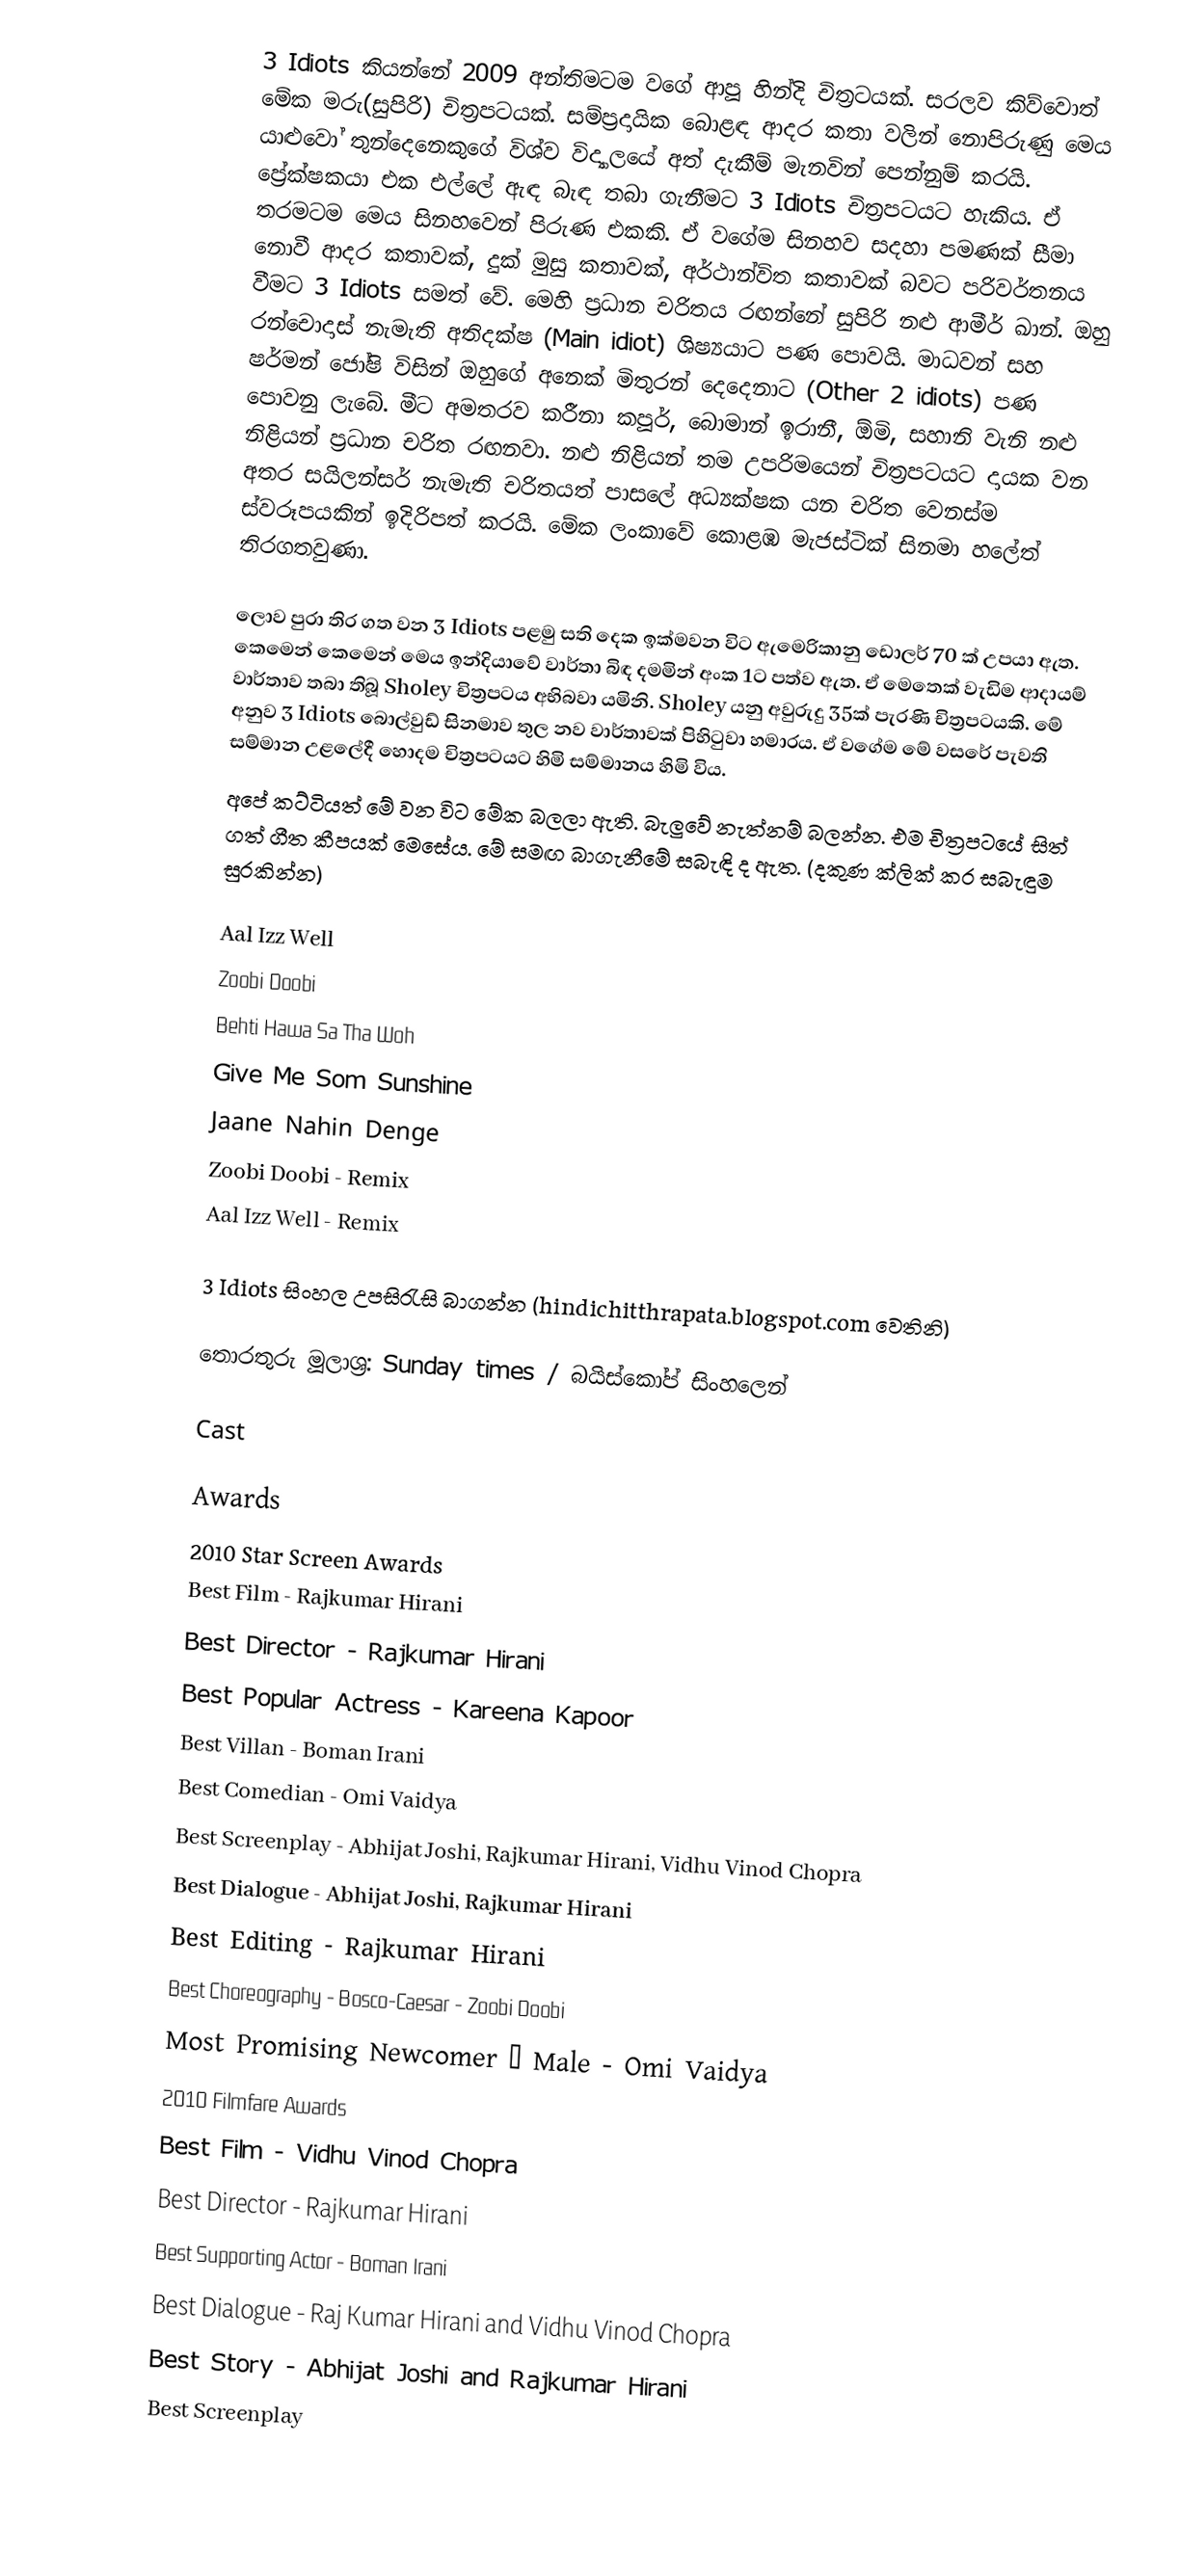
3 Idiots කියන්නේ 2009 අන්තිමටම වගේ ආපූ හින්දි චිත්‍රටයක්. සරලව කිව්වොත් මේක මරු(සුපිරි) චිත්‍රපටයක්. සම්ප්‍රදායික බොළඳ ආදර කතා වලින් නොපිරුණු මෙය යාළුවෝ තුන්දෙනෙකුගේ විශ්ව විද්‍යාලයේ අත් දැකීම් මැනවින් පෙන්නුම් කරයි. ප්‍රේක්ෂකයා එක එල්ලේ  ඇඳ බැඳ තබා ගැනීමට 3 Idiots චිත්‍රපටයට හැකිය. ඒ තරමටම මෙය සිනහවෙන් පිරුණ එකකි. ඒ වගේම සිනහව සදහා පමණක් සීමා නොවී  ආදර කතාවක්, දුක් මුසු කතාවක්, අර්ථාන්විත කතාවක් බවට පරිවර්තනය වීමට 3 Idiots සමත් වේ.  මෙහි ප්‍රධාන චරිතය රඟන්නේ සුපිරි නළු ආමීර් ඛාන්. ඔහු රන්චොදාස් නැමැති අතිදක්ෂ (Main idiot) ශිෂ්‍යයාට පණ පොවයි. මාධවන් සහ ෂර්මන් ජෝෂි විසින් ඔහුගේ අනෙක් මිතුරන් දෙදෙනාට (Other 2 idiots) පණ පොවනු ලැබේ. මීට අමතරව  කරීනා කපූර්, බොමාන් ඉරානී, ඕමි, සහානි වැනි නළු නිළියන් ප්‍රධාන චරිත රඟනවා. නළු නිළියන් තම උපරිමයෙන් චිත්‍රපටයට දායක වන අතර සයිලන්සර් නැමැති චරිතයත් පාසලේ අධ්‍යක්ෂක යන චරිත වෙනස්ම ස්වරූපයකින් ඉදිරිපත් කරයි. මේක ලංකාවේ කොළඹ මැජස්ටික් සිනමා හලේත් තිරගතවුණා.

ලොව පුරා තිර ගත වන 3 Idiots පළමු සති දෙක ඉක්මවන විට ඇමෙරිකානු ඩොලර් 70 ක් උපයා ඇත. කෙමෙන් කෙමෙන් මෙය ඉන්දියාවේ වාර්තා බිඳ දමමින් අංක 1ට පත්ව ඇත. ඒ මෙතෙක් වැඩිම ආදායම් වාර්තාව තබා තිබූ Sholey චිත්‍රපටය අභිබවා යමිනි. Sholey යනු අවුරුදු 35ක් පැරණි චිත්‍රපටයකි. ‍මේ අනුව 3 Idiots බොල්වුඩ් සිනමාව තුල නව වාර්තාවක් පිහිටුවා හමාරය. ඒ වගේම මේ වසරේ පැවති සම්මාන උළලේදී හොදම චිත්‍රපටයට හිමි සම්මානය හිමි විය.
අපේ කට්ටියත් මේ වන විට මේක බලලා ඇති. බැලුවේ නැත්නම් බලන්න. එම චිත්‍රපටයේ සිත් ගත් ගීත කීපයක් මෙසේය. මේ සමඟ බාගැනීමේ සබැඳි ද ඇත. (දකුණ ක්ලික් කර සබැඳුම සුරකින්න)

 Aal Izz Well
 Zoobi Doobi
 Behti Hawa Sa Tha Woh
 Give Me Som Sunshine
 Jaane Nahin Denge
 Zoobi Doobi - Remix
 Aal Izz Well - Remix

3 Idiots සිංහල උපසිරැසි බාගන්න (hindichitthrapata.blogspot.com වෙතිනි)

තොරතුරු මූලාශ්‍ර: Sunday times / බයිස්කෝප් සිංහලෙන්

Cast

Awards
2010 Star Screen Awards
Best Film - Rajkumar Hirani
Best Director - Rajkumar Hirani
Best Popular Actress - Kareena Kapoor
Best Villan - Boman Irani
Best Comedian - Omi Vaidya
Best Screenplay - Abhijat Joshi, Rajkumar Hirani, Vidhu Vinod Chopra
Best Dialogue - Abhijat Joshi, Rajkumar Hirani
Best Editing - Rajkumar Hirani
Best Choreography - Bosco-Caesar - Zoobi Doobi
Most Promising Newcomer – Male - Omi Vaidya
2010 Filmfare Awards
Best Film - Vidhu Vinod Chopra
Best Director - Rajkumar Hirani
Best Supporting Actor - Boman Irani
Best Dialogue - Raj Kumar Hirani and Vidhu Vinod Chopra
Best Story -  Abhijat Joshi and Rajkumar Hirani
Best Screenplay